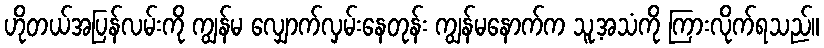
ဟိုတယ်အပြန်လမ်းကို ကျွန်မ လျှောက်လှမ်းနေတုန်း ကျွန်မနောက်က သူ့အသံကို ကြားလိုက်ရသည်။